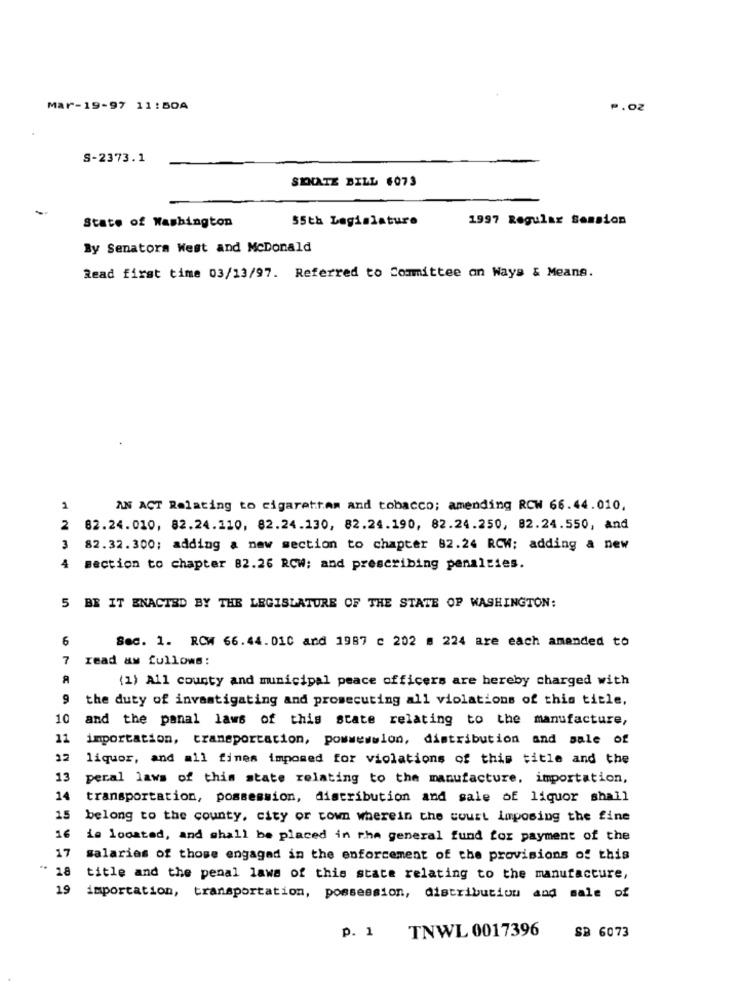
Mar-19-97 11:50A
P.02
S-2373.1
SENATE BILL 6073
State of Washington
$5th Legislature
1997 Regular Session
By Senators West and McDonald
Read first time 03/13/97. Referred to Committee on Ways & Means.
2
AN ACT Relating to cigarettam and tobacco; amending RCW 66.44.010,
2
82.24.010, 82.24.110, 82.24.130, 82.24.190, 82.24.250, 82.24.550, and
3
82.32.300; adding a new section to chapter 82.24 RCW: adding a new
4
section to chapter 82.26 RCW; and prescribing penalties.
5 BR IT ENACTED BY THE LEGISLATURE OF THE STATE OF WASHINGTON:
6
Sec. 1. RCW 66.44.010 and 1987 c 202 # 224 are each amended to
7
read aw fullows:
(1) All county and municipal peace officers are hereby charged with
9
the duty of investigating and prosecuting all violations of this title,
10
and the panal laws of this state relating to the manufacture,
11
importation, transportation, pommesslon, distribution and sale of
liquor, and all fines imposed for violations of this title and the
13
peral laws of this state relating to the manufacture, importation,
14
transportation, possession, distribution and sale of liquor shall
15
belong to the county, city or town wherein the court Imposing the fine
16
is located, and shall be placed in the general fund for payment of the
17
salaries of those engaged in the enforcement of the provisions of this
..
18
title and the penal laws of this stace relating to the manufacture,
19
importation, transportation, possession, distribution and sale of
TNWL 0017396
SB 6073
p. 1